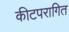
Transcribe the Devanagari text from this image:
कीटपरागित